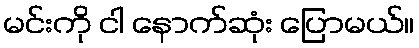
မင်းကို ငါ နောက်ဆုံး ပြောမယ်။